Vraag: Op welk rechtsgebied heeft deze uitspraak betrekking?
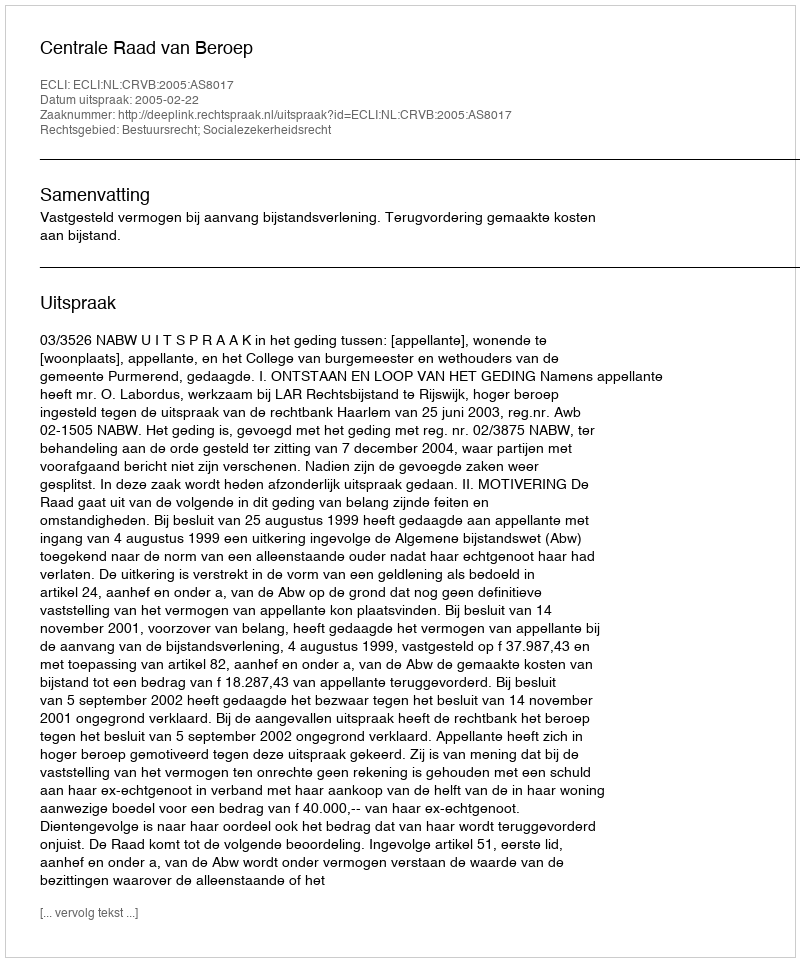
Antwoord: Bestuursrecht; Socialezekerheidsrecht